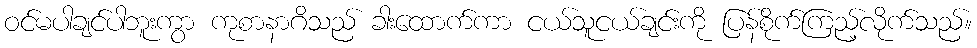
ဝင်မပါချင်ပါဘူးကွာ ကုစာနာဂိသည် ခါးထောက်ကာ ငယ်သူငယ်ချင်းကို ပြန်စိုက်ကြည့်လိုက်သည်။